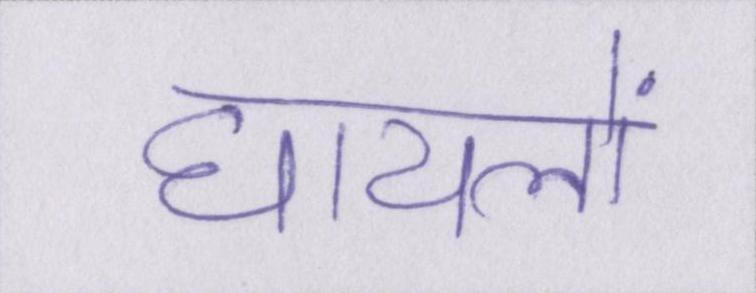
घायलों